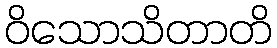
ဝိသောသိတာတိ